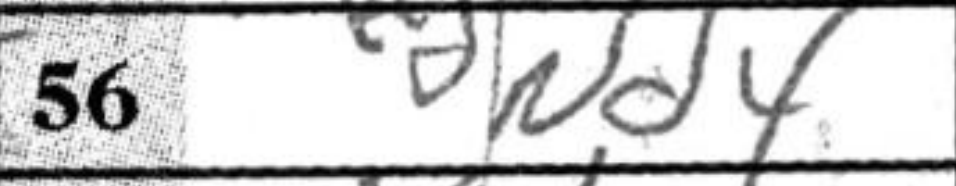
Transcription: Nd4